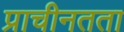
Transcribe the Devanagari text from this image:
प्राचीनतता